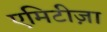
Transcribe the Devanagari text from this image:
एमिटीज़ा